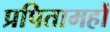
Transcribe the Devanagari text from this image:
प्रपितामहों